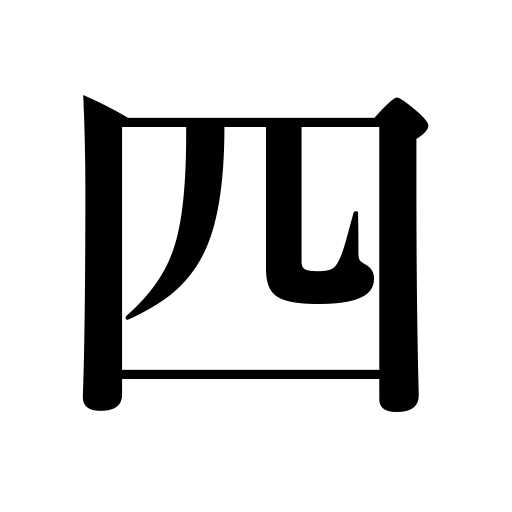
Meanings: four